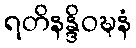
ရတိနန္ဒိဝဍ္ဎနံ